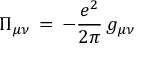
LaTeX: \Pi _ { \mu \nu } \, = \, - \frac { e ^ { 2 } } { 2 \pi } \, g _ { \mu \nu }